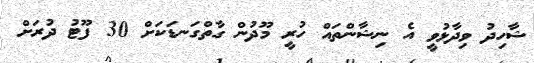
ޝާހިދު ވިދާޅުވީ އެ ނިޝާންތައް ހުރީ މޫދުން ގާތްގަނޑަކަށް 30 ފޫޓު ދުރަށް